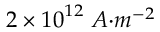
2 \times { 1 0 } ^ { 1 2 } \ { A } { { · } } { { m } } ^ { { - 2 } }